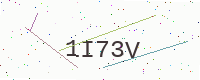
Text: 1I73V